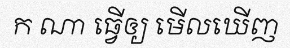
ក ណា ធ្វើឲ្យ មើលឃើញ